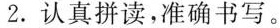
2.认真拼读，准确书写。